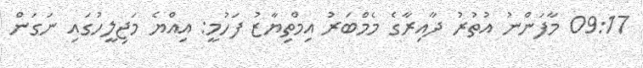
09:17 މާފަންނު އުތުރު ދާއިރާގެ މެމްބަރު އިމްތިޔާޒު ފަހުމީ: އިއްޔެ މަޖިލީހުގައި ނަގަން